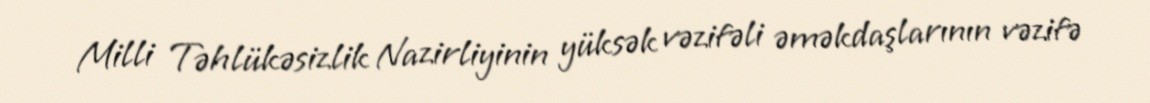
Milli Təhlükəsizlik Nazirliyinin yüksək vəzifəli əməkdaşlarının vəzifə